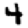
Digit: 4